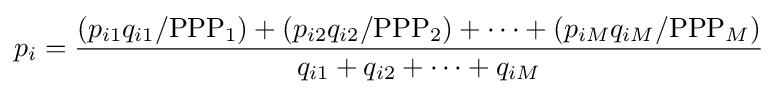
p_{i}={\frac {\left(p_{i1}q_{i1}/{\rm {PPP}}_{1}\right)+\left(p_{i2}q_{i2}/{\rm {PPP}}_{2}\right)+\cdots +\left(p_{iM}q_{iM}/{\rm {PPP}}_{M}\right)}{q_{i1}+q_{i2}+\cdots +q_{iM}}}